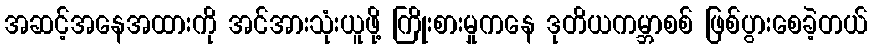
အဆင့်အနေအထားကို အင်အားသုံးယူဖို့ ကြိုးစားမှုကနေ ဒုတိယကမ္ဘာစစ် ဖြစ်ပွားစေခဲ့တယ်